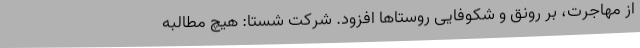
از مهاجرت، بر رونق و شکوفایی روستا‌ها افزود. شرکت شستا: هیچ مطالبه